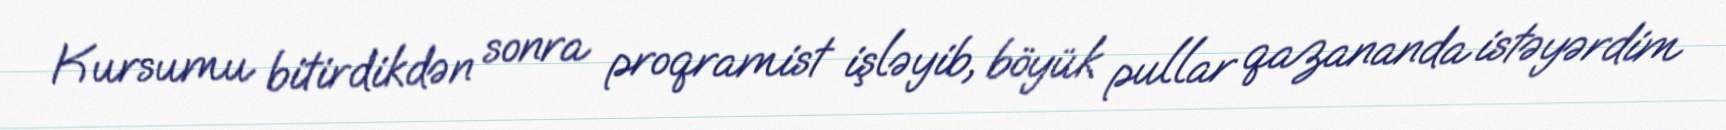
Kursumu bitirdikdən sonra proqramist işləyib, böyük pullar qazananda istəyərdim